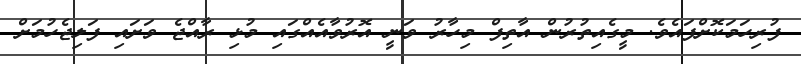
ފުރިހަމަކޮށްފައެވެ. މީގެއިތުރުން އާތިފް މިހާރު ވަނީ އޮރުވާއެއްގައި މުޅި ރާއްޖެ ވަށައި ފަލިޖެހުމަށް